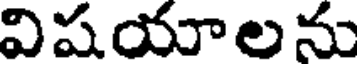
విషయాలను